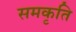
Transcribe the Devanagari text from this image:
समकृति